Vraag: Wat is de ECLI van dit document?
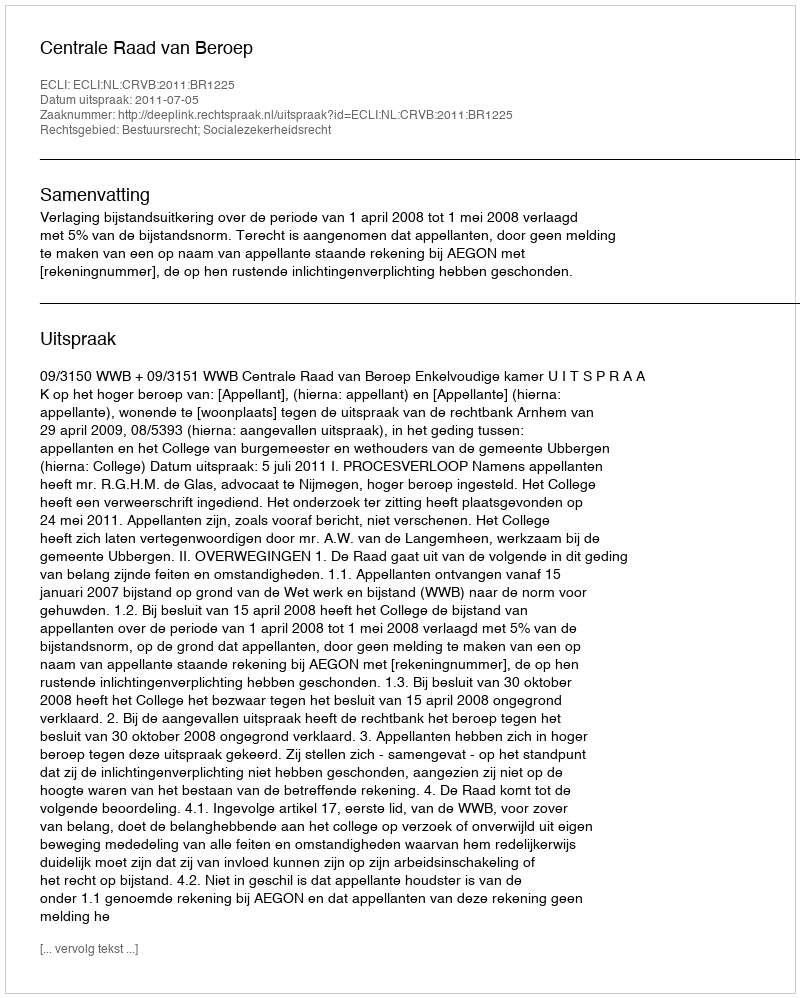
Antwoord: ECLI:NL:CRVB:2011:BR1225